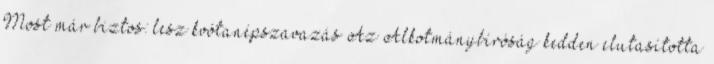
Most már biztos: lesz kvótanépszavazás Az Alkotmánybíróság kedden elutasította